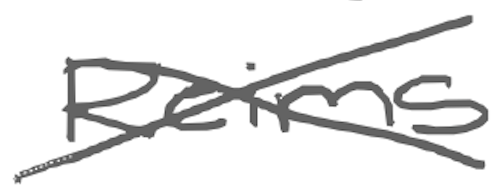
Text: Reims
Cross-out: cross
Writing tool: digital_gray